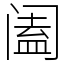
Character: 阖